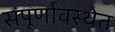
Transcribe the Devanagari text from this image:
संंपूर्णावस्थेत